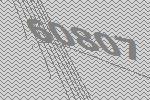
60807